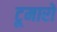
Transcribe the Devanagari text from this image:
टूमारो